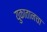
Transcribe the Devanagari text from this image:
युकातानचा